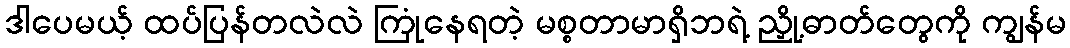
ဒါပေမယ့် ထပ်ပြန်တလဲလဲ ကြုံနေရတဲ့ မစ္စတာမာရှိဘရဲ့ ညှို့ဓာတ်တွေကို ကျွန်မ